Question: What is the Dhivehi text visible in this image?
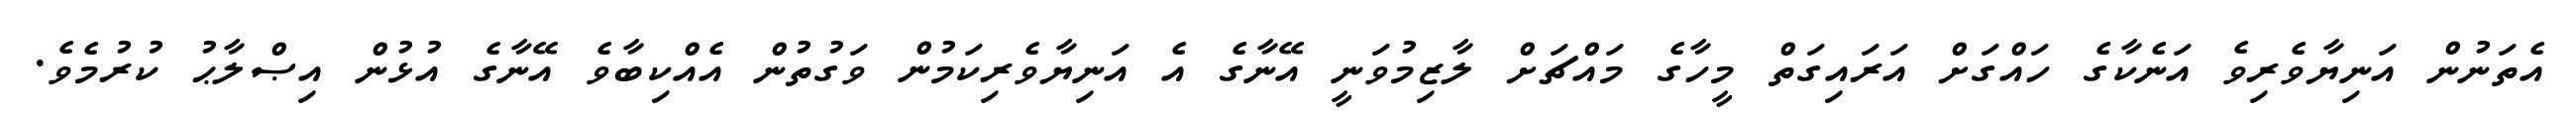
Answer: އެތަނުން އަނިޔާވެރިވެ އަނެކާގެ ހައްގަށް އަރައިގަތް މީހާގެ މައްޗަށް ލާޒިމުވަނީ އޭނާގެ އެ އަނިޔާވެރިކަމުން ވަގުތުން އެއްކިބާވެ އޭނާގެ އުޅުން އިޞްލާޙު ކުރުމެވެ.